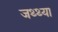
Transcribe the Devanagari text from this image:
जथ्थ्या